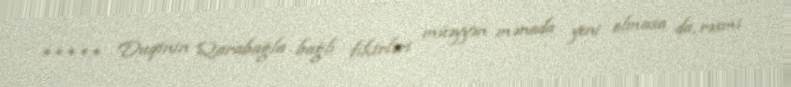
***** Duqinin Qarabağla bağlı fikirləri müəyyən mənada yeni olmasa da, rəsmi